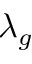
\lambda _ { g }